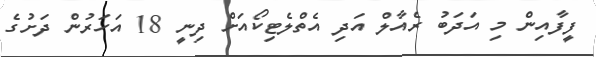
ފީފާއިން މި އަދަބު ރެއާލް އަދި އެތްލެޓިކޯއަށް ދިނީ 18 އަހަރުން ދަށުގެ